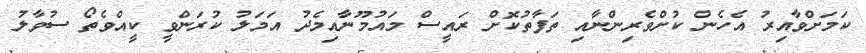
ކަމަށްވާއިރު އެހެން ކުށްވެރިންނާއި ތަފާތުކޮށް ރައީސް މައުމޫނާއިމެދު އަމަލު ކުރަންވީ ކީއްވެތޯ ސުވާލު